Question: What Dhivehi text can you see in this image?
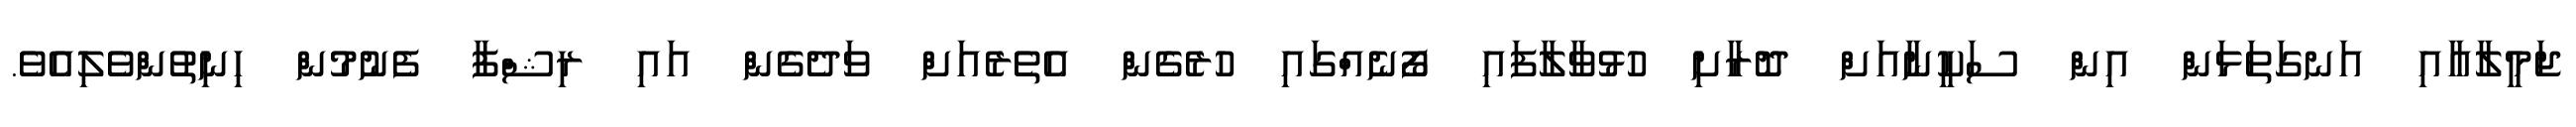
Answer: ޖަމީލާއާއި އަނގަތަޅަން އިން ސަކީނާއަށް ދޮރާށި ހުޅުވާލާފައި ފޯނެއްގައި ހުރެގެން އެތެރެއަށް ވަދެގެން އައި ރިޝްފާ ފެނުމުން ހިނިތުންވެލިއެވެ.